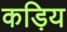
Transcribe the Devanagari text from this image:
कड़िय